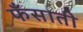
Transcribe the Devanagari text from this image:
फँसाती